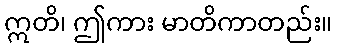
ဣတိ၊ ဤကား မာတိကာတည်း။